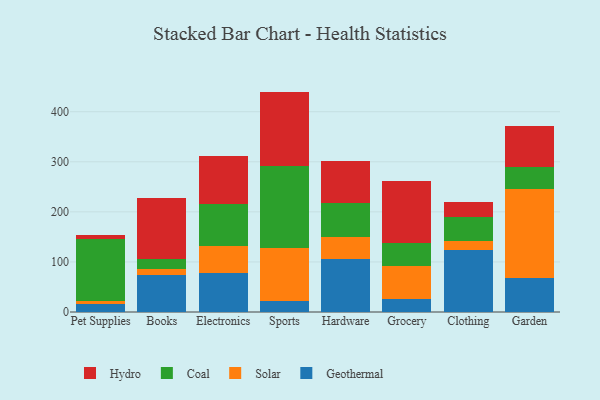
{"axis": {"x": "Category", "y": "Population (Million)"}, "legend": ["Coal", "Geothermal", "Hydro", "Solar"], "data": [{"x": "Pet Supplies", "y": 15.9, "type": "Geothermal"}, {"x": "Pet Supplies", "y": 6.1, "type": "Solar"}, {"x": "Pet Supplies", "y": 124.0, "type": "Coal"}, {"x": "Pet Supplies", "y": 8.4, "type": "Hydro"}, {"x": "Books", "y": 73.1, "type": "Geothermal"}, {"x": "Books", "y": 13.6, "type": "Solar"}, {"x": "Books", "y": 19.5, "type": "Coal"}, {"x": "Books", "y": 120.7, "type": "Hydro"}, {"x": "Electronics", "y": 77.2, "type": "Geothermal"}, {"x": "Electronics", "y": 54.9, "type": "Solar"}, {"x": "Electronics", "y": 84.1, "type": "Coal"}, {"x": "Electronics", "y": 94.9, "type": "Hydro"}, {"x": "Sports", "y": 21.0, "type": "Geothermal"}, {"x": "Sports", "y": 107.2, "type": "Solar"}, {"x": "Sports", "y": 163.8, "type": "Coal"}, {"x": "Sports", "y": 148.2, "type": "Hydro"}, {"x": "Hardware", "y": 105.7, "type": "Geothermal"}, {"x": "Hardware", "y": 44.4, "type": "Solar"}, {"x": "Hardware", "y": 68.5, "type": "Coal"}, {"x": "Hardware", "y": 82.8, "type": "Hydro"}, {"x": "Grocery", "y": 26.2, "type": "Geothermal"}, {"x": "Grocery", "y": 66.1, "type": "Solar"}, {"x": "Grocery", "y": 44.9, "type": "Coal"}, {"x": "Grocery", "y": 124.4, "type": "Hydro"}, {"x": "Clothing", "y": 123.3, "type": "Geothermal"}, {"x": "Clothing", "y": 17.7, "type": "Solar"}, {"x": "Clothing", "y": 47.8, "type": "Coal"}, {"x": "Clothing", "y": 31.7, "type": "Hydro"}, {"x": "Garden", "y": 67.0, "type": "Geothermal"}, {"x": "Garden", "y": 178.4, "type": "Solar"}, {"x": "Garden", "y": 44.8, "type": "Coal"}, {"x": "Garden", "y": 81.3, "type": "Hydro"}]}